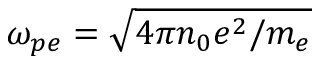
\omega _ { p e } = \sqrt { 4 \pi n _ { 0 } e ^ { 2 } / m _ { e } }